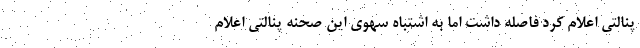
پنالتی اعلام کرد فاصله داشت اما به اشتباه سهوی این صحنه پنالتی اعلام